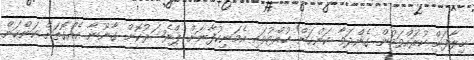
ޚިލާފަށް ކުރައްވަމުން ގެންދަވާ ކަންކަން ހުއްޓުވައި އެމަނިކުފާނަށް ޕްރެޝަރުކޮށް ގާނޫނާ އެއްގޮތަށް ކަންކަން